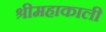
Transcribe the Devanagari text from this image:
श्रीमहाकाली